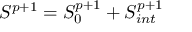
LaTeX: S ^ { p + 1 } = S _ { 0 } ^ { p + 1 } + S _ { i n t } ^ { p + 1 }